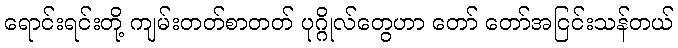
ရောင်းရင်းတို့ ကျမ်းတတ်စာတတ် ပုဂ္ဂိုလ်တွေဟာ တော် တော်အငြင်းသန်တယ်